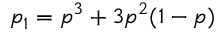
p _ { 1 } = p ^ { 3 } + 3 p ^ { 2 } ( 1 - p )